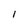
Character: 1